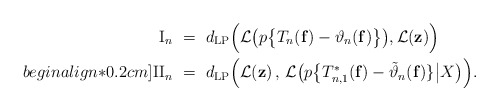
\begin{align*} \textup{I}_n & \ = \ d_{\mathrm{LP}}\Big(\mathcal{L}\big(p\big\{T_{n}(\mathbf{f})-\vartheta_{n}(\mathbf{f})\big\}\big), \mathcal{L}(\mathbf{z})\Big) \\begin{align*}0.2cm] \textup{II}_n & \ = \ d_{\mathrm{LP}}\Big(\mathcal{L}(\mathbf{z})\, ,\, \mathcal{L}\big(p\big\{T_{n, 1}^{*}(\mathbf{f})-\tilde{\vartheta}_{n}(\mathbf{f})\} \big| X\big)\Big). \end{align*}